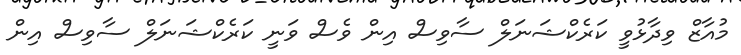
މުއާޒް ވިދާޅުވީ ކަރެކްޝަނަލް ސާވިސް އިން ވެސް ވަނީ ކަރެކްޝަނަލް ސާވިސް އިން